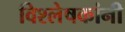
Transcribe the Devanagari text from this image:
विश्लेषकांनी